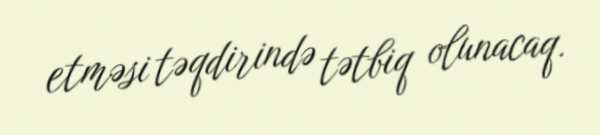
etməsi təqdirində tətbiq olunacaq.